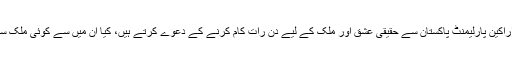
اپنے ایک اور ٹوئٹ میں عمران خان نے سوال کیا کہ ایک جانب اراکین پارلیمنٹ پاکستان سے حقیقی عشق اور ملک کے لیے دن رات کام کرنے کے دعوے کرتے ہیں، کیا ان میں سے کوئی ملک سے باہر جانے کی عجیب و غریب رسم کی وضاحت کرسکتا ہے؟